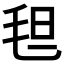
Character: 𬇀